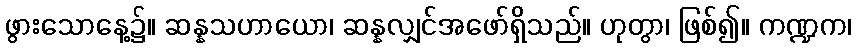
ဖွားသောနေ့၌။ ဆန္နသဟာယော၊ ဆန္နလျှင်အဖော်ရှိသည်။ ဟုတွာ၊ ဖြစ်၍။ ကဏ္ဍက၊